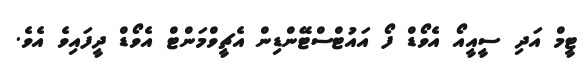
ޓީމް އަދި ސީއީއޯ އެވޯޑް ފޯ އައުޓްސްޓޭންޑިން އެޗީވްމަންޓް އެވޯޑް ދީފައިވެ އެވެ.